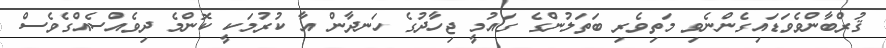
ޤުރްބާންވެވަޑައިގެންނެވި މަތިވެރި ބަތަލުންގެ ގައުމީ ޖިހާދުގެ ހަނދާން އާ ކުރުމަކީ ކޮންމެ ދިވެއްސެއްގެވެސް